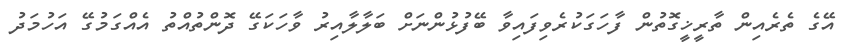
އޭގެ ތެރެއިން ތާރީޚީގޮތުން ފާހަގަކުރެވިފައިވާ ބޭފުޅުންނަށް ބަލާލާއިރު ވާހަކަގޭ ދޮންތުއްތު އެއްގަމުގޭ އަހުމަދު